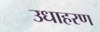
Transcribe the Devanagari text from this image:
उधाहरण